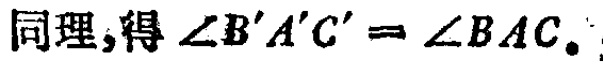
同理,得\(\angle B'A'C' = \angle BAC\)。